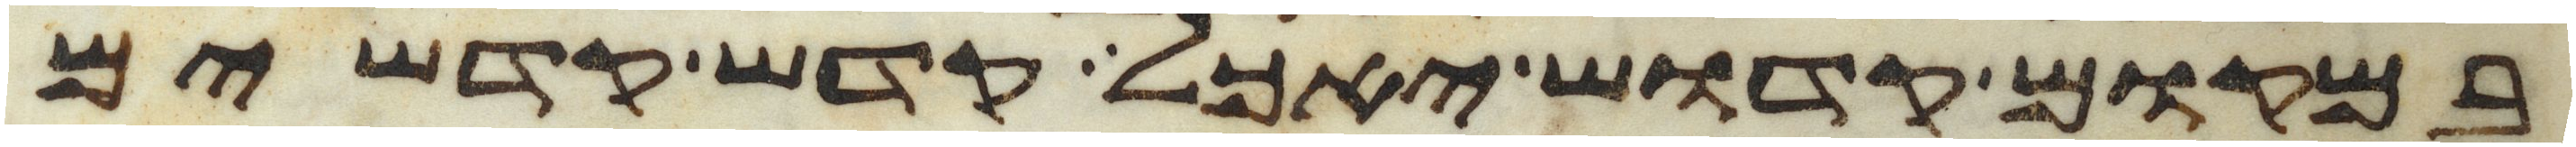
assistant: במקום קדוש יאכל קדש קדשים